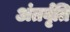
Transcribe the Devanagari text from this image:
अंतर्वृति